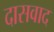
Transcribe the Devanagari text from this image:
दासवाद